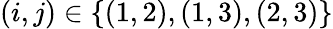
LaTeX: (i,j)\in\{ (1,2),(1,3),(2,3)\}